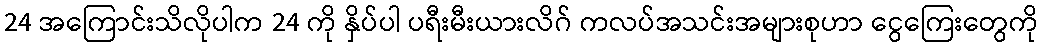
24 အကြောင်းသိလိုပါက 24 ကို နှိပ်ပါ ပရီးမီးယားလိဂ် ကလပ်အသင်းအများစုဟာ ငွေကြေးတွေကို